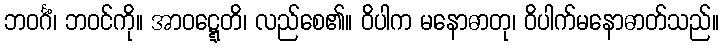
ဘဝင်္ဂံ၊ ဘဝင်ကို။ အာဝဋ္ဋေတိ၊ လည်စေ၏။ ဝိပါက မနောဓာတု၊ ဝိပါက်မနောဓာတ်သည်။